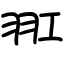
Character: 羾